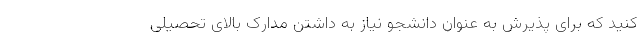
کنید که برای پذیرش به عنوان دانشجو نیاز به داشتن مدارک بالای تحصیلی